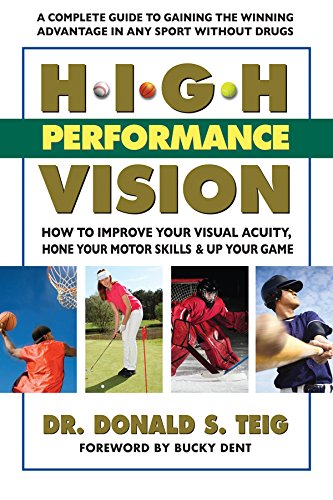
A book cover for High Performance Vision: How to Improve Your Visual Acuity, Hone Your Motor Skills & Up Your Game; Donald S. Teig Dr.; Health, Fitness & Dieting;